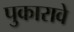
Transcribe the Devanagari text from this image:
पुकारावे